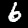
Digit: 6